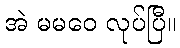
အဲ မမဝေ လုပ်ပြီ။